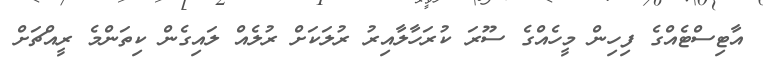
އާޓިސްޓެއްގެ ފިހިން މީހެއްގެ ސޫރަ ކުރަހާލާއިރު ރުލަކަށް ރުލެއް ލައިގެން ކިތަންމެ ރީއްޗަށް